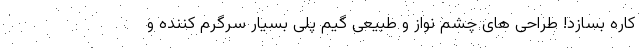
کاره بسازد! طراحی های چشم نواز و طبیعی گیم پلی بسیار سرگرم کننده و